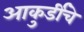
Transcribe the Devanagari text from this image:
आकुर्डीचे